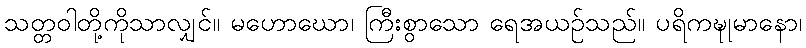
သတ္တဝါတို့ကိုသာလျှင်။ မဟောဃော၊ ကြီးစွာသော ရေအယဉ်သည်။ ပရိကဍ္ဎုမာနော၊